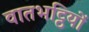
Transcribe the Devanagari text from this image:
वातभट्ठियों